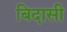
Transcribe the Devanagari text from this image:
बिदासी